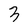
Character: 3